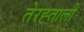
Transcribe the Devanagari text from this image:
तेरह्ताली